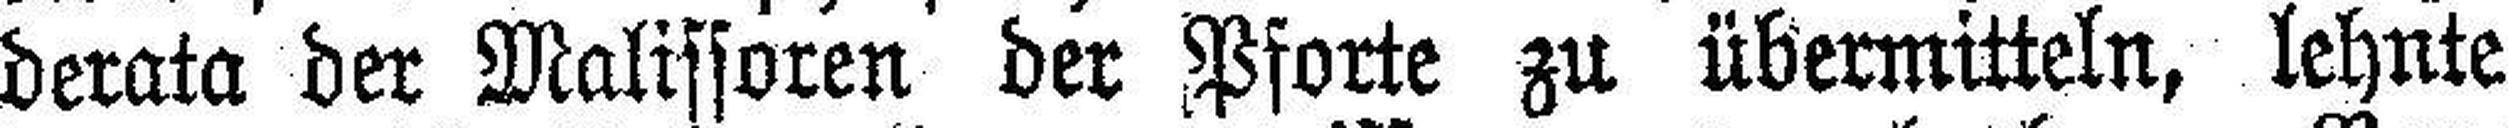
derata der Malissoren der Pforte zu übermitteln, lehnte